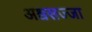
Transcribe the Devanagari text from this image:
अश्वसज्जा